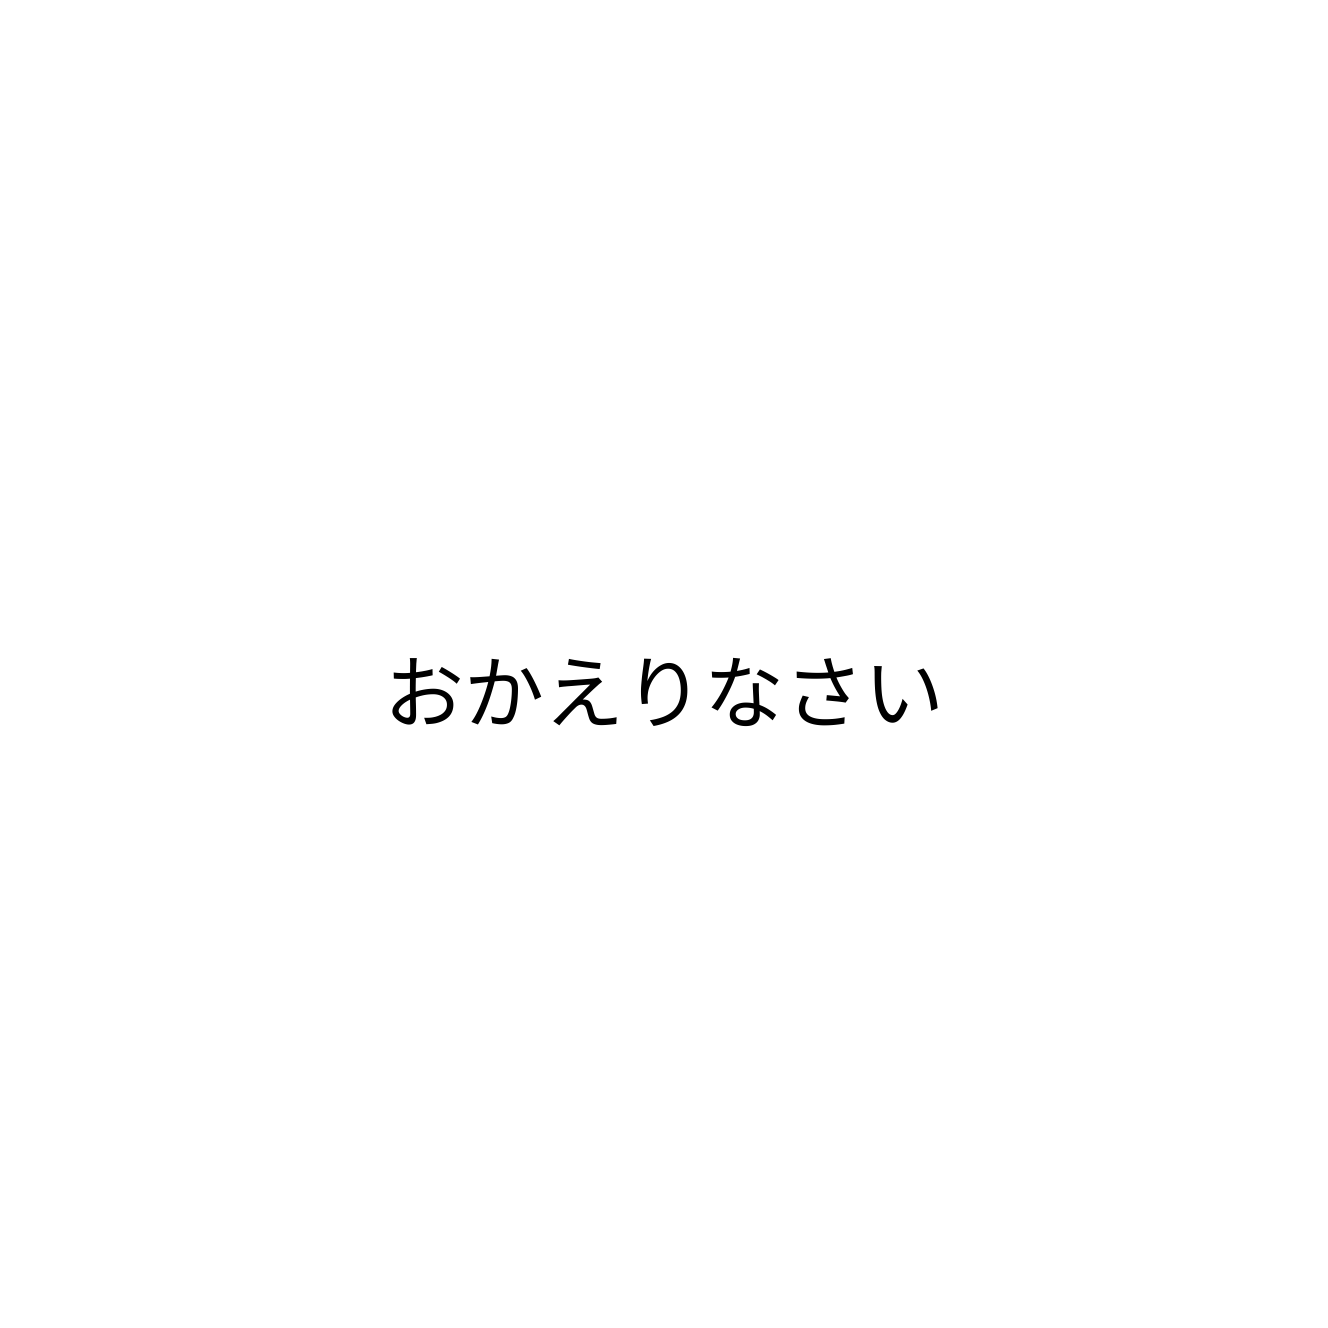
おかえりなさい